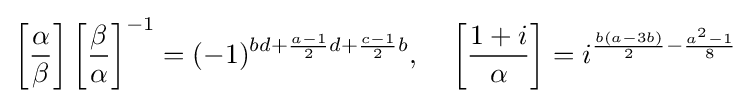
\left[{\frac {\alpha }{\beta }}\right]\left[{\frac {\beta }{\alpha }}\right]^{-1}=(-1)^{bd+{\frac {a-1}{2}}d+{\frac {c-1}{2}}b},\;\;\;\;\left[{\frac {1+i}{\alpha }}\right]=i^{{\frac {b(a-3b)}{2}}-{\frac {a^{2}-1}{8}}}